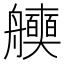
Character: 𮎖